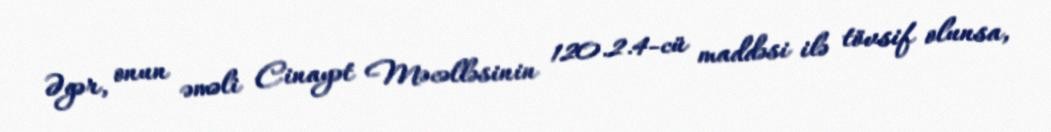
Əgər, onun əməli Cinayət Məcəlləsinin 120.2.4-cü maddəsi ilə tövsif olunsa,